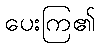
ပေးကြ၏